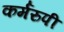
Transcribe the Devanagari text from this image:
कर्मरुपी